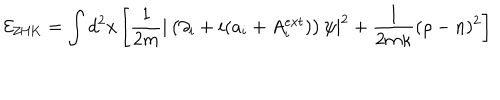
{ \cal E } _ { \mathrm { Z H K } } = \int d ^ { 2 } x \left[ \frac { 1 } { 2 m } | \left( \partial _ { i } + i ( a _ { i } + A _ { i } ^ { e x t } ) \right) \psi | ^ { 2 } + { \frac { 1 } { 2 m \kappa } } ( \rho - n ) ^ { 2 } \right]